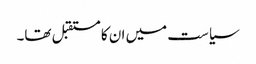
سیاست میں ان کا مستقبل تھا۔